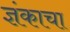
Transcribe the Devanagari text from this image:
ज्ञंकाचा